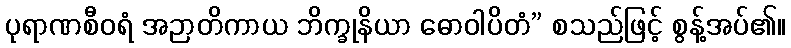
ပုရာဏစီဝရံ အဉာတိကာယ ဘိက္ခုနိယာ ဓောဝါပိတံ” စသည်ဖြင့် စွန့်အပ်၏။